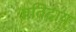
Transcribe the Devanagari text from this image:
प्रतिदाय